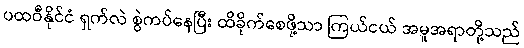
ပထဝီနိုင်ငံ ရှက်လဲ စွဲကပ်နေပြီး ထိခိုက်စေဖို့သာ ကြယ်ငယ် အမူအရာတို့သည်